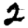
Digit: 2